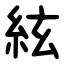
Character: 絃